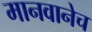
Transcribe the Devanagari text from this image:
मानवानेच